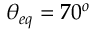
\theta _ { e q } = 7 0 ^ { o }